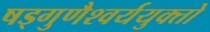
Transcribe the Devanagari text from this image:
षड्गुणैश्वर्ययुक्तो